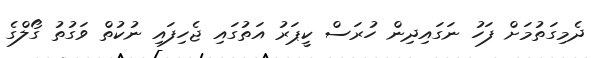
ދެމިގަތުމަށް ފަހު ނަގައިދިން ހުރަސް ކީޕަރު އަތުގައި ޖެހިފައި ނުކުތް ވަގުތު ގޯލްގެ